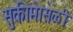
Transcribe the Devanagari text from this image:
सुकीमासळी